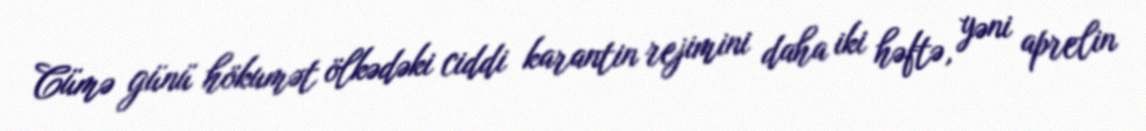
Cümə günü hökumət ölkədəki ciddi karantin rejimini daha iki həftə, yəni aprelin